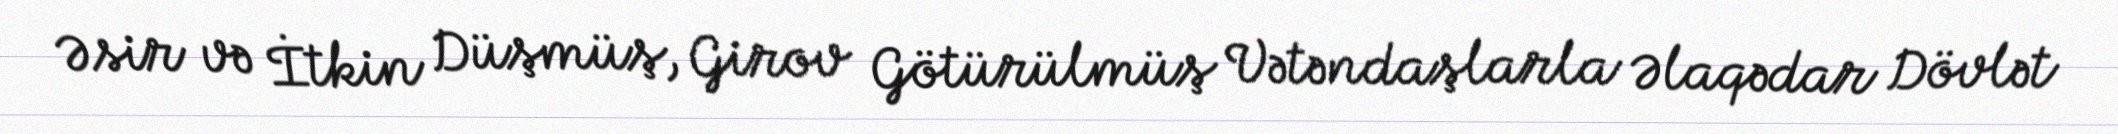
Əsir və İtkin Düşmüş, Girov Götürülmüş Vətəndaşlarla Əlaqədar Dövlət